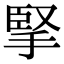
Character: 掔